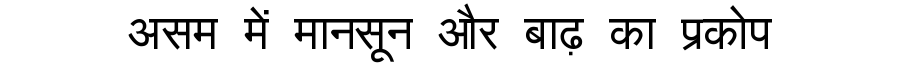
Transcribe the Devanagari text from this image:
असम में मानसून और बाढ़ का प्रकोप